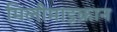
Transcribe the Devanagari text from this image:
मिलीमाइक्रान